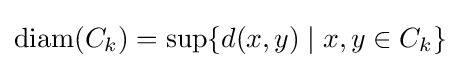
\operatorname {diam} (C_{k})=\sup\{d(x,y)\mid x,y\in C_{k}\}